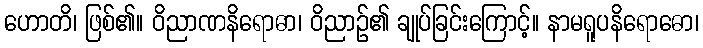
ဟောတိ၊ ဖြစ်၏။ ဝိညာဏနိရောဓာ၊ ဝိညာဉ်၏ ချုပ်ခြင်းကြောင့်။ နာမရူပနိရောဓော၊